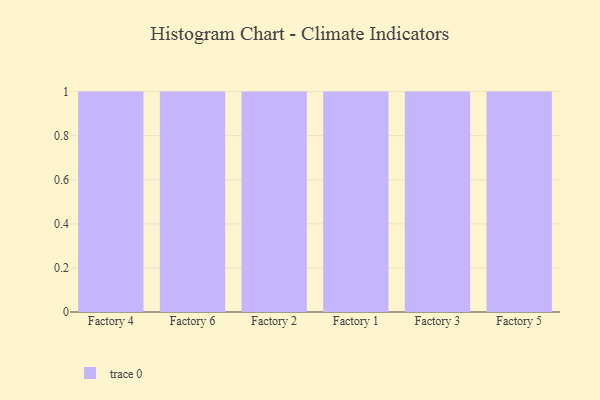
{"axis": {"x": "Factory", "y": "LTV (USD)"}, "legend": [""], "data": [{"x": "Factory 4", "y": 41, "type": ""}, {"x": "Factory 6", "y": 46, "type": ""}, {"x": "Factory 2", "y": 28, "type": ""}, {"x": "Factory 1", "y": 57, "type": ""}, {"x": "Factory 3", "y": 88, "type": ""}, {"x": "Factory 5", "y": 46, "type": ""}]}